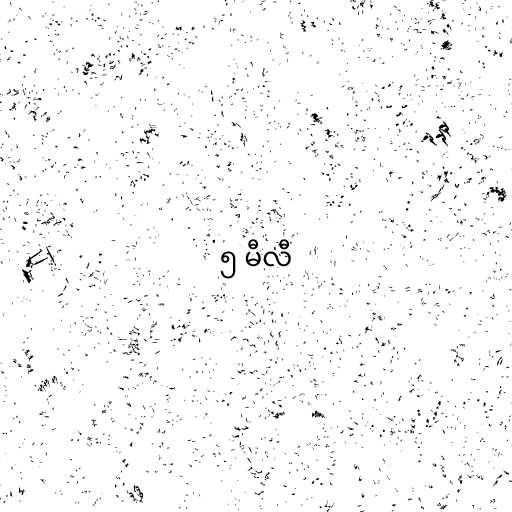
၅ မီလီ